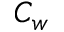
C _ { w }